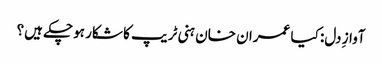
آوازِ دل: کیا عمران خان ہنی ٹریپ کا شکار ہوچکے ہیں؟